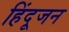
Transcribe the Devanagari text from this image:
हिंदूजन